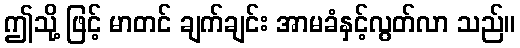
ဤသို့ ဖြင့် မာတင် ချက်ချင်း အာမခံနှင့်လွတ်လာ သည်။